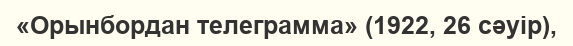
«Орынбордан телеграмма» (1922, 26 сәуір),